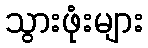
သွားဖုံးများ